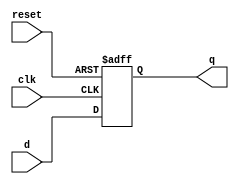
`timescale 1ns / 1ps
//
// Author Name:     Deepak lal  CMS: 041-18-0030
module DFF_2( q, clk, d, reset );
input clk, d, reset;
output reg q;
always@(posedge clk, posedge reset)
begin
    if (reset==1)
   
        q <=1'b0;
       else 
        q<=d; 

    
  end 
endmodule